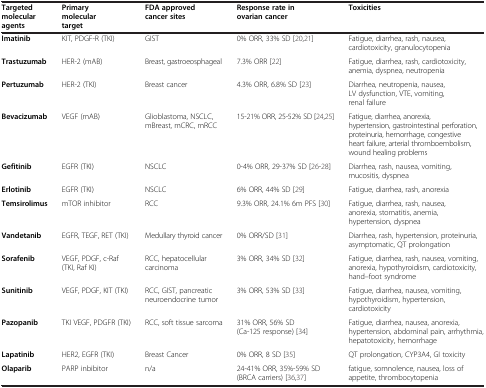
<table><thead><tr><td><b>Targeted molecular agents</b></td><td><b>Primary molecular target</b></td><td><b>FDA approved cancer sites</b></td><td><b>Response rate in ovarian cancer</b></td><td><b>Toxicities</b></td></tr></thead><tbody><tr><td><b>Imatinib</b></td><td>KIT, PDGF-R (TKI)</td><td>GIST</td><td>0% ORR, 33% SD [20,21]</td><td>Fatigue, diarrhea, rash, nausea, cardiotoxicity, granulocytopenia</td></tr><tr><td><b>Trastuzumab</b></td><td>HER-2 (mAB)</td><td>Breast, gastroeosphageal</td><td>7.3% ORR [22]</td><td>Fatigue, diarrhea, rash, cardiotoxicity, anemia, dyspnea, neutropenia</td></tr><tr><td><b>Pertuzumab</b></td><td>HER-2 (TKI)</td><td>Breast cancer</td><td>4.3% ORR, 6.8% SD [23]</td><td>Diarrhea, neutropenia, nausea, LV dysfunction, VTE, vomiting, renal failure</td></tr><tr><td><b>Bevacizumab</b></td><td>VEGF (mAB)</td><td>Glioblastoma, NSCLC, mBreast, mCRC, mRCC</td><td>15-21% ORR, 25-52% SD [24,25]</td><td>Fatigue, diarrhea, anorexia, hypertension, gastrointestinal perforation, proteinuria, hemorrhage, congestive heart failure, arterial thromboembolism, wound healing problems</td></tr><tr><td><b>Gefitinib</b></td><td>EGFR (TKI)</td><td>NSCLC</td><td>0-4% ORR, 29-37% SD [26-28]</td><td>Diarrhea, rash, nausea, vomiting, mucositis, dyspnea</td></tr><tr><td><b>Erlotinib</b></td><td>EGFR (TKI)</td><td>NSCLC</td><td>6% ORR, 44% SD [29]</td><td>Fatigue, diarrhea, rash, anorexia</td></tr><tr><td><b>Temsirolimus</b></td><td>mTOR inhibitor</td><td>RCC</td><td>9.3% ORR, 24.1% 6m PFS [30]</td><td>Fatigue, diarrhea, rash, nausea, anorexia, stomatitis, anemia, hypertension, dyspnea</td></tr><tr><td><b>Vandetanib</b></td><td>EGFR, TEGF, RET (TKI)</td><td>Medullary thyroid cancer</td><td>0% ORR/SD [31]</td><td>Diarrhea, rash, hypertension, proteinuria, asymptomatic, QT prolongation</td></tr><tr><td><b>Sorafenib</b></td><td>VEGF, PDGF, c-Raf (TKI, Raf KI)</td><td>RCC, hepatocellular carcinoma</td><td>3% ORR, 34% SD [32]</td><td>Fatigue, diarrhea, rash, nausea, vomiting, anorexia, hypothyroidism, cardiotoxicity, hand–foot syndrome</td></tr><tr><td><b>Sunitinib</b></td><td>VEGF, PDGF, KIT (TKI)</td><td>RCC, GIST, pancreatic neuroendocrine tumor</td><td>3% ORR, 53% SD [33]</td><td>Fatigue, diarrhea, nausea, vomiting, hypothyroidism, hypertension, cardiotoxicity</td></tr><tr><td><b>Pazopanib</b></td><td>TKI VEGF, PDGFR (TKI)</td><td>RCC, soft tissue sarcoma</td><td>31% ORR, 56% SD (Ca-125 response) [34]</td><td>Fatigue, diarrhea, nausea, anorexia, hypertension, abdominal pain, arrhythmia, hepatotoxicity, hemorrhage</td></tr><tr><td><b>Lapatinib</b></td><td>HER2, EGFR (TKI)</td><td>Breast Cancer</td><td>0% ORR, 8 SD [35]</td><td>QT prolongation, CYP3A4, GI toxicity</td></tr><tr><td><b>Olaparib</b></td><td>PARP inbibitor</td><td>n/a</td><td>24-41% ORR, 35%-59% SD (BRCA carriers) [36,37]</td><td>fatigue, somnolence, nausea, loss of appetite, thrombocytopenia</td></tr></tbody></table>